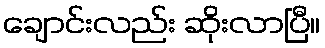
ချောင်းလည်း ဆိုးလာပြီ။